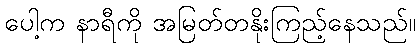
ပေါ့က နာရီကို အမြတ်တနိုးကြည့်နေသည်။